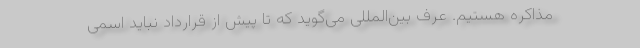
مذاکره هستیم. عرف بین‌المللی می‌گوید که تا پیش از قرارداد نباید اسمی